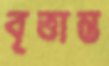
বৃত্তান্ত